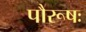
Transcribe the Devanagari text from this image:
पौरूषः